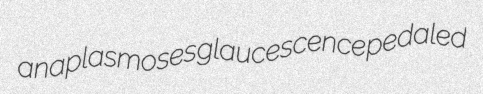
anaplasmoses glaucescence pedaled